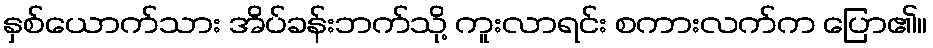
နှစ်ယောက်သား အိပ်ခန်းဘက်သို့ ကူးလာရင်း စကားလက်က ပြော၏။